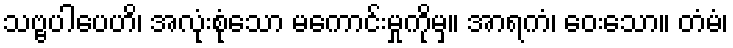
သဗ္ဗပါပေဟိ၊ အလုံးစုံသော မကောင်းမှုကိုမှ။ အာရကံ၊ ဝေးသော။ တံမံ၊